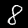
Label: 8